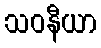
သဝနီယာ